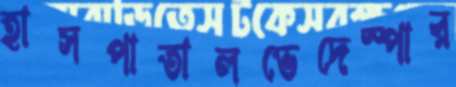
হাসপাতালভেদেস্পার